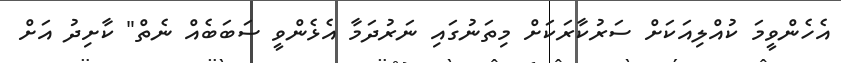
އެހެންވީމަ ކުއްލިއަކަށް ސަރުކާރަކަށް މިތަނުގައި ނަރުދަމާ އެޅެންވީ ސަބަބެއް ނެތް" ކާށިދު އަށް